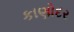
કાણોદર